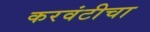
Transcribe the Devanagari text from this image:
करवंटीचा